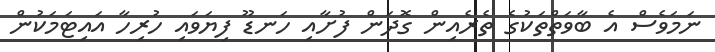
ނަމަވެސް އެ ބާވަތްތަކުގެ ތެރެއިން ގޮދަން ފުށާއި ހަނޑޫ ފިޔަވައި ހުރިހާ އައިޓަމަކުން